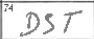
Transcription: DST